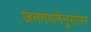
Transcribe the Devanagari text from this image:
जनगणनेनुसारर